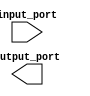
module basic_initial_block (
    input wire input_port,
    output reg output_port
    );

initial begin
    // Implementing desired functionality
    // Initializing variables
    // Setting initial conditions
    // Performing certain operations at the beginning of the simulation
end

endmodule